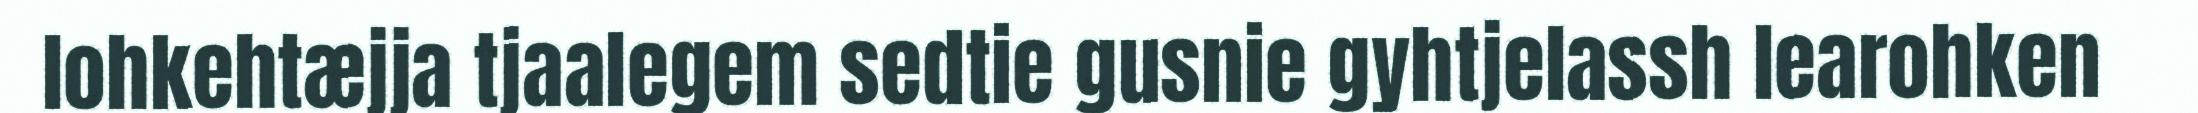
lohkehtæjja tjaalegem sedtie gusnie gyhtjelassh learohken